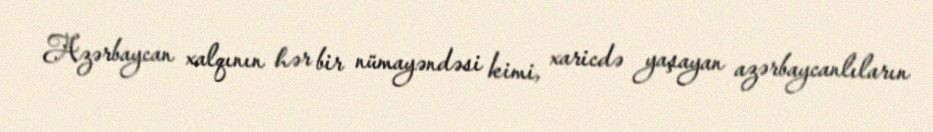
Azərbaycan xalqının hər bir nümayəndəsi kimi, xaricdə yaşayan azərbaycanlıların